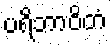
ပရိဘာဝိတံ